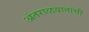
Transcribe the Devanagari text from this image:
अंतराळयानाची